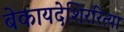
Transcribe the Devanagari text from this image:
बेकायदेशिररित्या